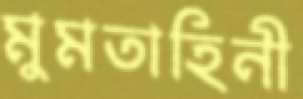
মুমতাহিনী